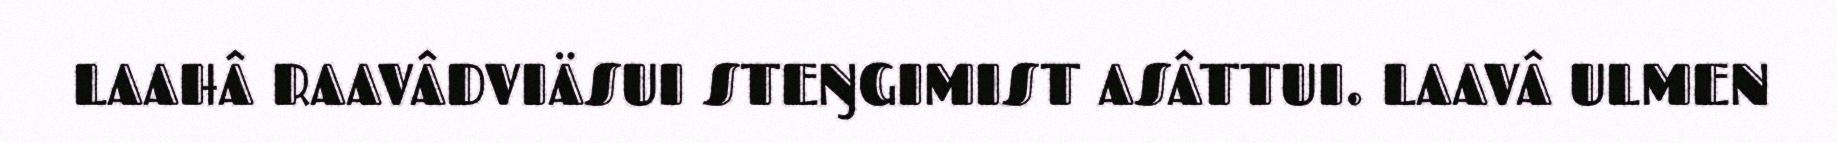
LAAHÂ RAAVÂDVIÄSUI STEŊGIMIST ASÂTTUI. LAAVÂ ULMEN